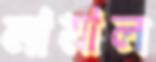
লায়াল